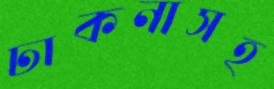
ঢাকনাসহ